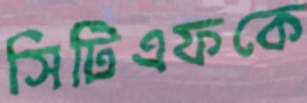
সিটিএফকে